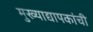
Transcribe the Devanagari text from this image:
मुख्‍याद्यापकांची